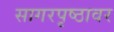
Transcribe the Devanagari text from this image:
सागरपृष्ठावर